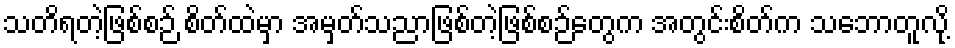
သတိရတဲ့ဖြစ်စဉ် စိတ်ထဲမှာ အမှတ်သညာဖြစ်တဲ့ဖြစ်စဉ်တွေက အတွင်းစိတ်က သဘောတူလို့